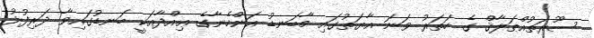
ސޫރަތުއްޠަލާޤް ގެ ހަތަރު ވަނަ އާޔަތުގައި މާބަނޑު އަންހެނާގެ ޢިއްދާއަކީ ބަނޑުގައިވާ ދަރިފުޅު